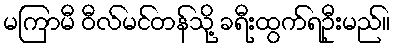
မကြာမီ ဝီလ်မင်တန်သို့ ခရီးထွက်ရဦးမည်။